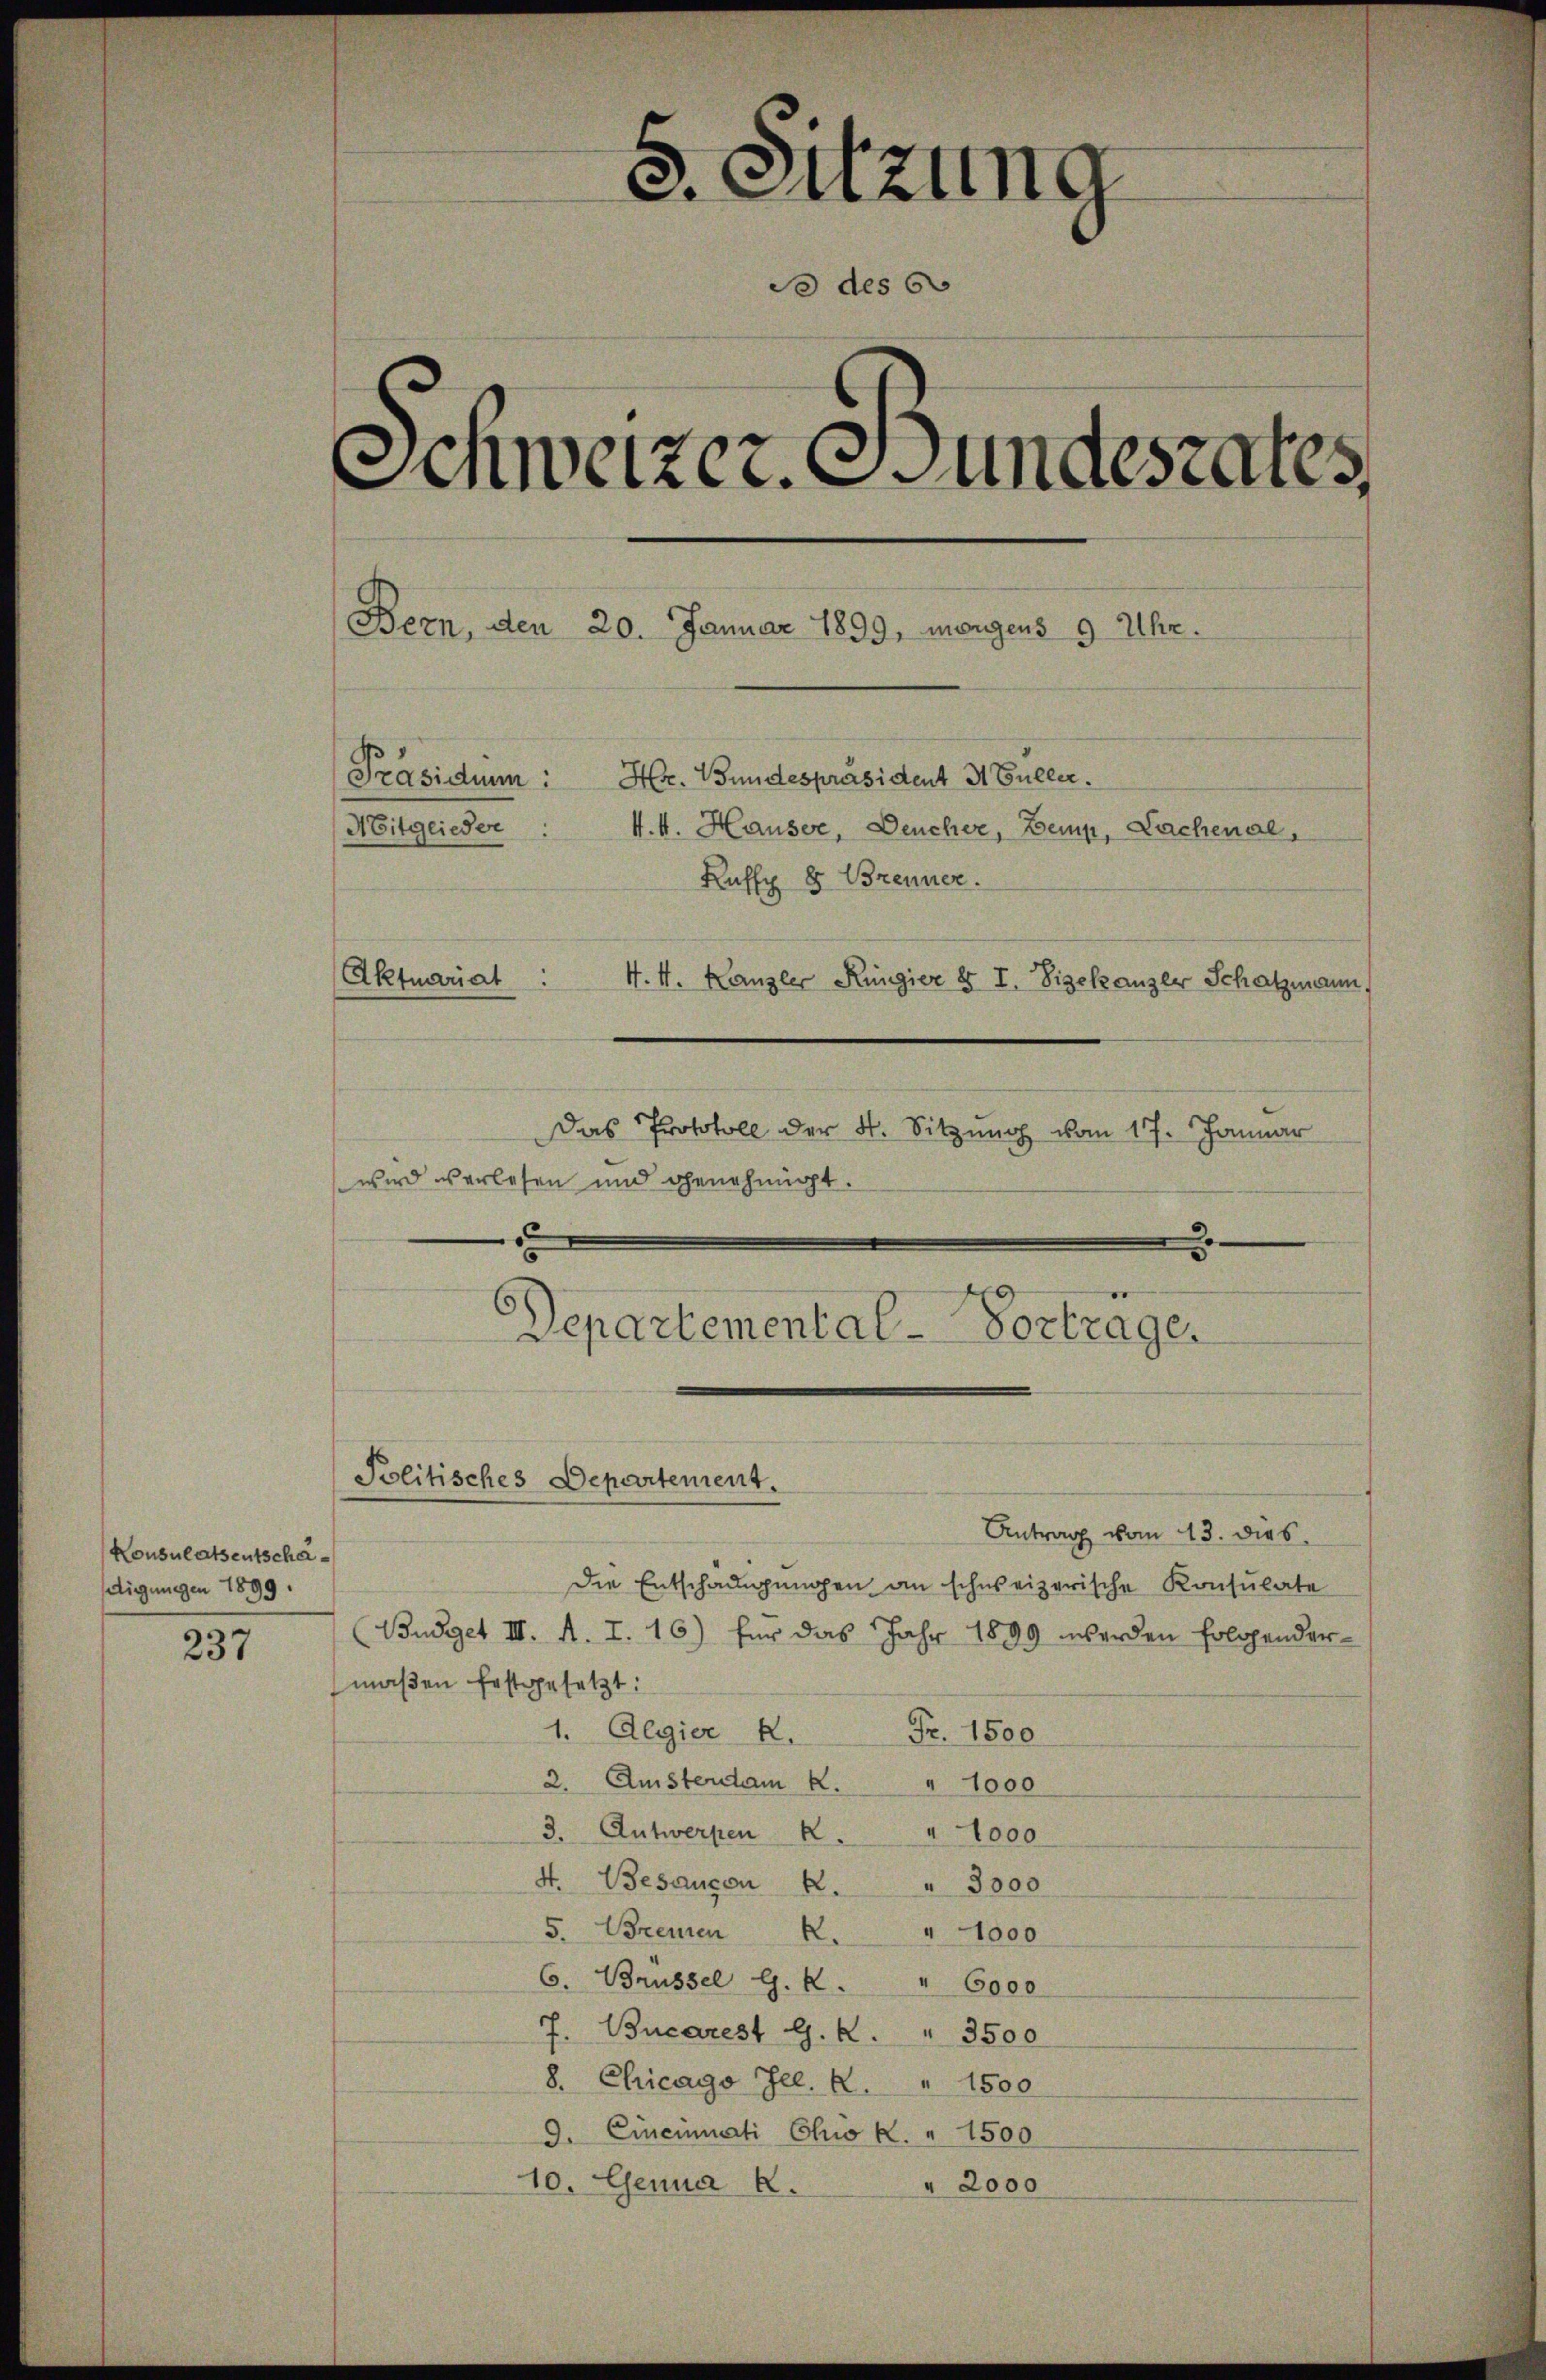
Konsulatsentschädigungen 1899.

237

5. Sitzung
o des G
Schweizer. Bundesrates
Bern, den 20. Januar 1899, morgens 9 Uhr.
[Präsidium: Hr. Bundespräsident 3 Guller¬
Mitglieder
k.k. Hauser, Deucher, Bemp, Lachenal,
Kuffy 8 Brenner.
Aktuariat
4. 4. Kanzler Ringier § I. Vizekanzer Schatzmann,
Das Protokoll der 4. Sitzung vom 17. Januar

wird verlesen und genehmigt.
.
2

Politisches Departement.

Departemental-Vorträge.

Antrag vom 13. dies
Die Entschädigungen an schweizerische Konsulate
(Budget III. A. I. 16) für das Jahr 1899 werden folgendermaßen festgesetzt:
1. Algier K. Fr. 1500
2. Amsterdam K. " 1000
3. Antwerpen . " 1000
4. Besançon 2. " 3000
5. Brennen 2. " 1000
6. Brüssel G. K. " 6000
7. Bucarest G. K. " 3500
8. Chicago Jel. k. " 1500
9. Eineinnati Chi K. " 1500
10. Genua 2.
" 2000